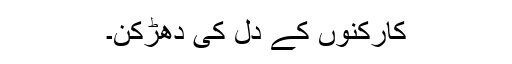
کارکنوں کے دل کی دھڑکن۔